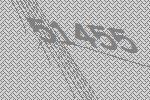
51455